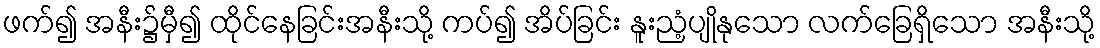
ဖက်၍ အနီး၌မှီ၍ ထိုင်နေခြင်းအနီးသို့ ကပ်၍ အိပ်ခြင်း နူးညံ့ပျိုနုသော လက်ခြေရှိသော အနီးသို့